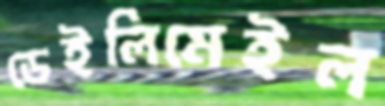
ডেইলিমেইল